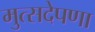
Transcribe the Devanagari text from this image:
मुत्सदेपणा